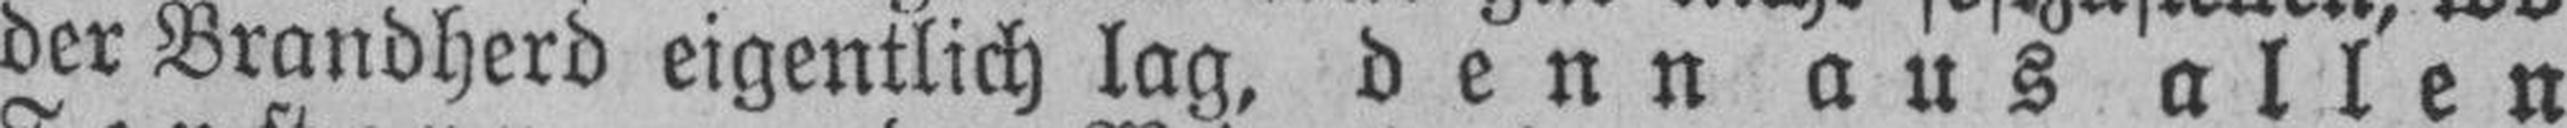
der Brandherd eigentlich lag, denn aus allen